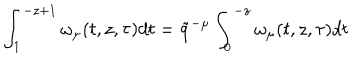
LaTeX: \int _ { 1 } ^ { - z + 1 } \omega _ { \mu } ( t , z , \tau ) d t = \tilde { q } ^ { - \mu } \int _ { 0 } ^ { - z } \omega _ { \mu } ( t , z , \tau ) d t